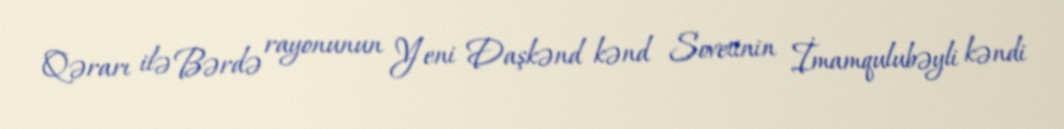
Qərarı ilə Bərdə rayonunun Yeni Daşkənd kənd Sovetinin İmamqulubəyli kəndi